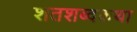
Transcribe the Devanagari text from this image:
शतशब्दकथा